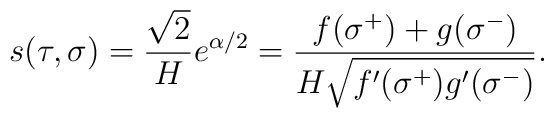
s(\tau,\sigma)=\frac{\sqrt{2}}{H}e^{\alpha/2}=\frac{f(\sigma^+)+g(\sigma^-)}{H\sqrt{f'(\sigma^+)g'(\sigma^-)}}.